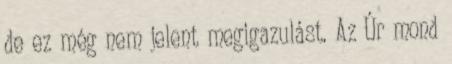
de ez még nem jelent megigazulást. Az Úr mond